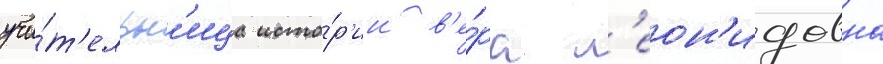
учи́т'ельн'ица исто́р'ии в'е́ра л'еон'идовна